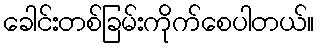
ခေါင်းတစ်ခြမ်းကိုက်စေပါတယ်။